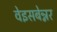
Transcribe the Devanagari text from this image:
वेइसबेन्नर